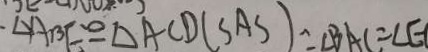
\angle A B E \cong \Delta A C D ( S A S ) = \angle B A C = \angle E